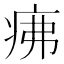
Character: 疿